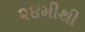
૨૪મીથી